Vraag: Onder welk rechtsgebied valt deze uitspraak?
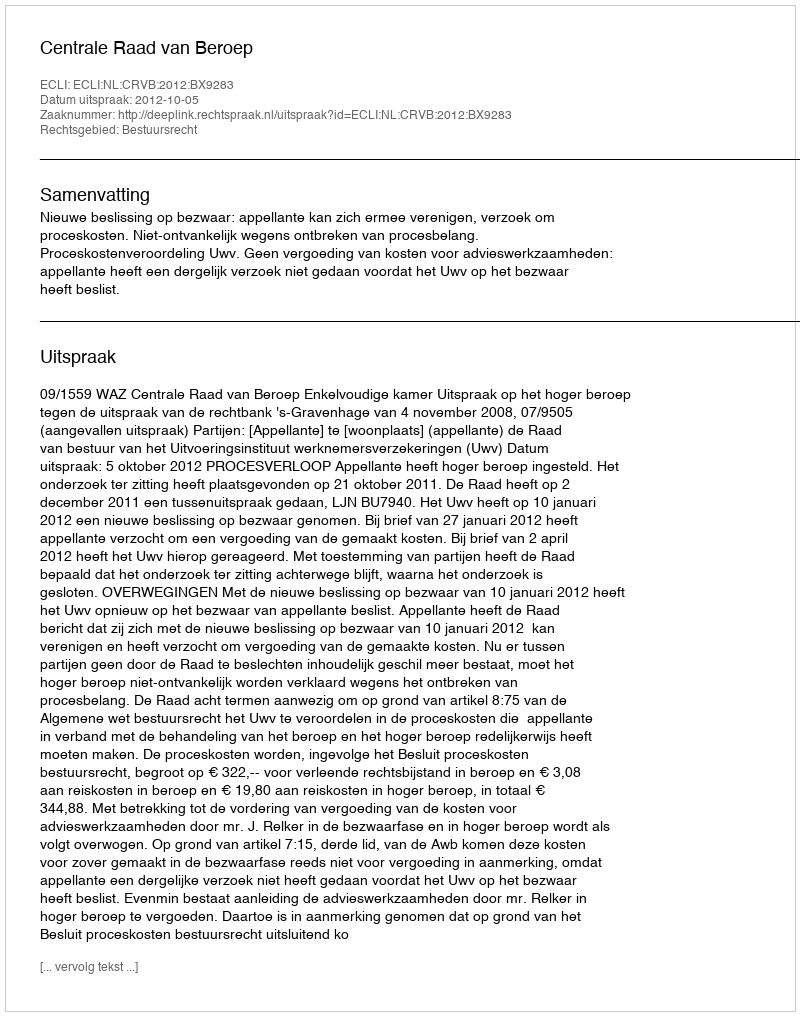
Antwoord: Bestuursrecht